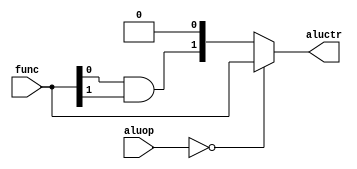
`timescale 1ns / 1ps
module AluControl(func, aluop, aluctr 
    );
	 
	 input [1:0] func;
	 input [2:0] aluop;
	 output reg [1:0]aluctr;
	 
    always@(*)
	 begin
    if(aluop == 3'b000)
		aluctr = func[1:0];
    else
		aluctr = (func[0] & func[1]) << 1 ;    
	 end 
    
endmodule